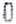
0